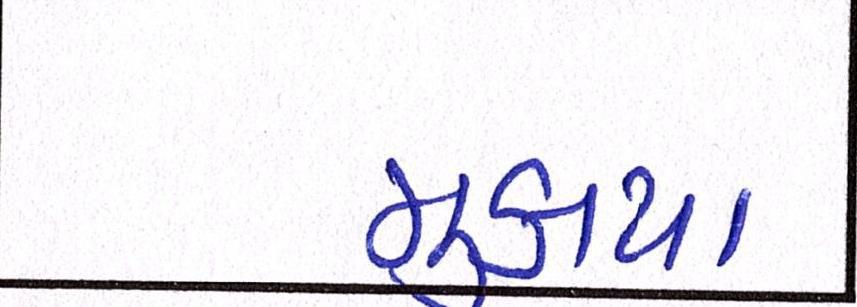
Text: મુકાયા